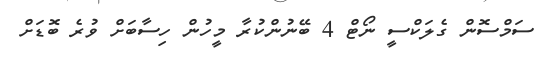
ސަމްސޮން ގެލަކްސީ ނޯޓް 4 ބޭނުންކުރާ މީހުން ހިސާބަށް ވުރެ ބޮޑަށް